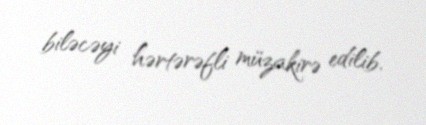
biləcəyi hərtərəfli müzakirə edilib.